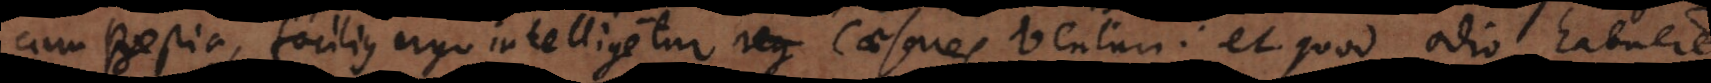
cum Bestia, facilius ergo intelligetur reg Caesares venturi: et quod odio habuere